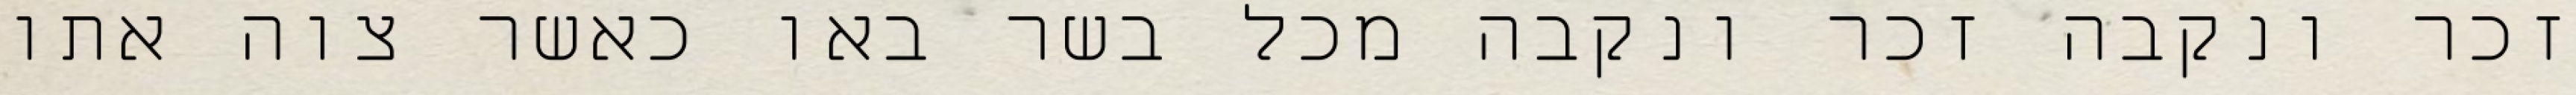
זכר ונקבה זכר ונקבה מכל בשר באו כאשר צוה אתו